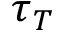
\tau _ { T }